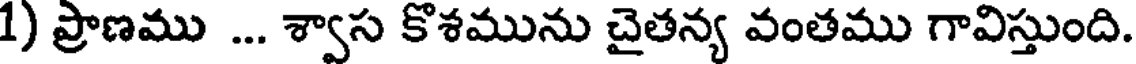
1) ప్రాణము ... శ్వాస కొశమును చైతన్య వంతము గావిస్తుంది.